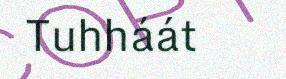
Tuhháát